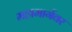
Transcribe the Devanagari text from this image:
महामार्गवर